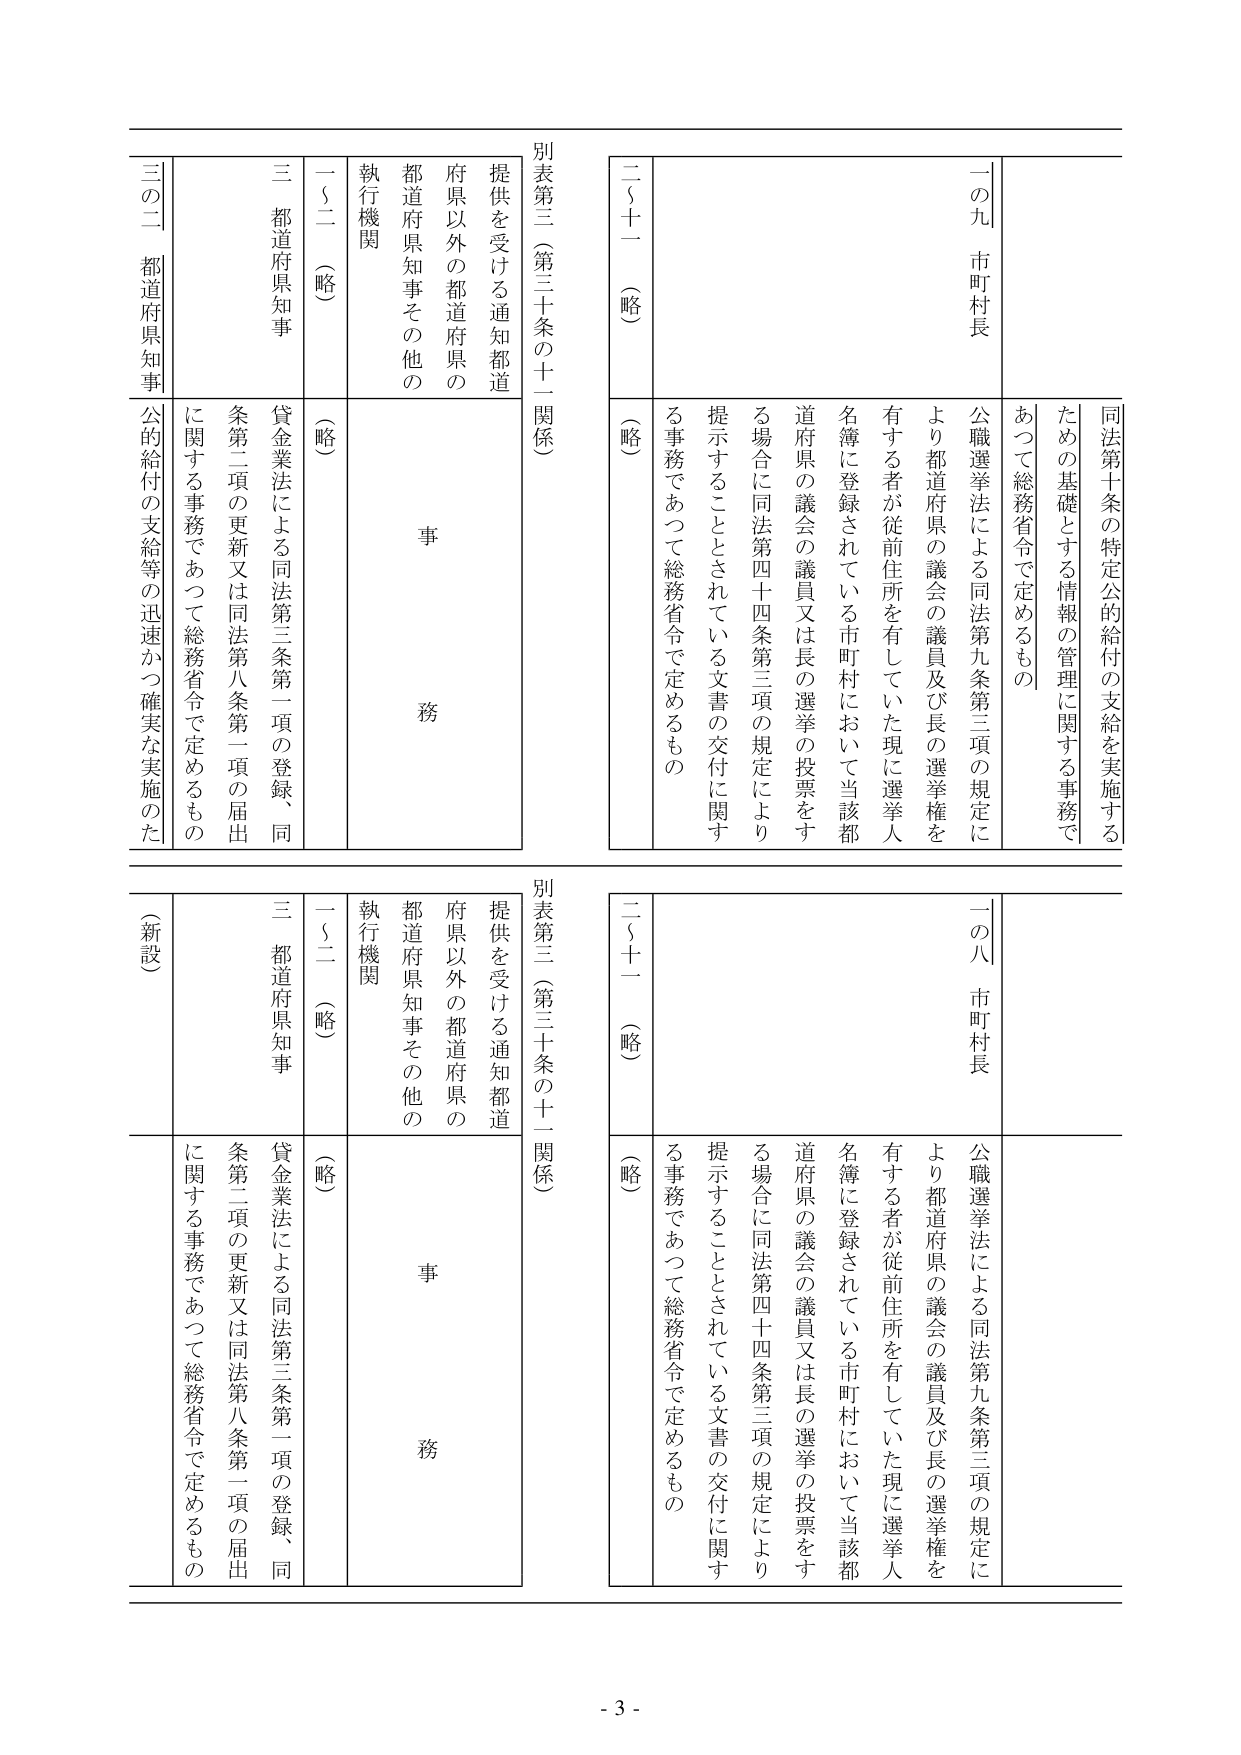
一の九 市町村長
同法第十条の特定公的給付の支給を実施する
ための基礎とする情報の管理に関する事務であつて総務省令で定めるもの

公職選挙法による同法第九条第二項の規定により都道府県の議会の議員及び長の選挙権を有する者が従前住所を有していた現に選挙人名簿に登録されている市町村において当該都道府県の議会の議員又は長の選挙の投票をする場合に同法第四十四条第三項の規定により提示することとされている文書の交付に関する事務であつて総務省令で定めるもの

二～十一（略）

別表第三（第三十条の十一関係）
提供を受ける通知都道府県以外の都道府県の
都道府県知事その他の
執行機関
一～二（略）
三 都道府県知事
貸金業法による同法第三条第一項の登録、同条第二項の更新又は同法第八条第一項の届出に関する事務であつて総務省令で定めるもの

三の二 都道府県知事
公的給付の支給等の迅速かつ確実な実施のた

一の八 市町村長
公職選挙法による同法第九条第二項の規定により都道府県の議会の議員及び長の選挙権を有する者が従前住所を有していた現に選挙人名簿に登録されている市町村において当該都道府県の議会の議員又は長の選挙の投票をする場合に同法第四十四条第三項の規定により提示することとされている文書の交付に関する事務であつて総務省令で定めるもの

二～十一（略）

別表第三（第三十条の十一関係）
提供を受ける通知都道府県以外の都道府県の
都道府県知事その他の
執行機関
一～二（略）
三 都道府県知事
貸金業法による同法第三条第一項の登録、同条第二項の更新又は同法第八条第一項の届出に関する事務であつて総務省令で定めるもの

（新設）

- 3 -